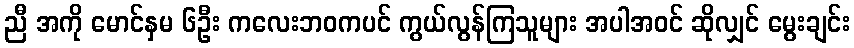
ညီ အကို မောင်နှမ ၆ဦး ကလေးဘဝကပင် ကွယ်လွန်ကြသူများ အပါအဝင် ဆိုလျှင် မွေးချင်း